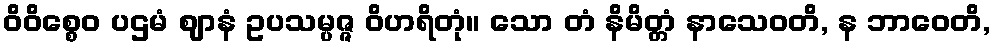
ဝိဝိစ္စေဝ ပဌမံ ဈာနံ ဥပသမ္ပဇ္ဇ ဝိဟရိတုံ။ သော တံ နိမိတ္တံ နာသေဝတိ, န ဘာဝေတိ,